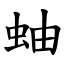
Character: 蚰